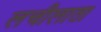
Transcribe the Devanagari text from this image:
लचीलाता